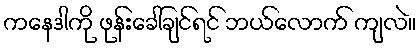
ကနေဒါကို ဖုန်းခေါ်ချင်ရင် ဘယ်လောက် ကျလဲ။